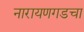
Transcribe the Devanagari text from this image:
नारायणगडचा